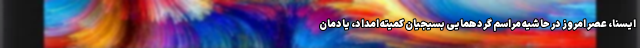
ایسنا، عصر امروز در حاشیه مراسم گردهمایی بسیجیان کمیته امداد، یادمان